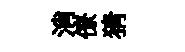
消僚猜